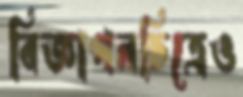
বিজ্ঞাপনচিত্রেও